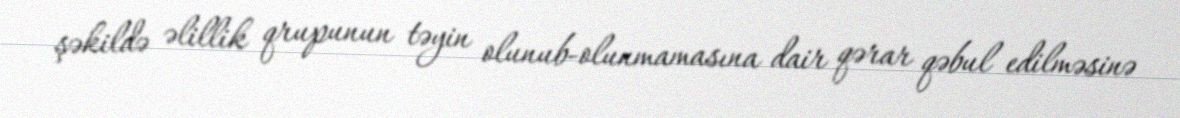
şəkildə əlillik qrupunun təyin olunub-olunmamasına dair qərar qəbul edilməsinə